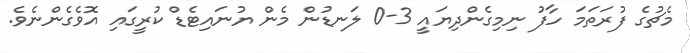
މެޗުގެ ފުރަތަމަ ހާފު ނިމިގެންދިޔައީ 3-0 ލަނޑުން މެން ޔުނައިޓެޑް ކުރީގައި އޮވެގެންނެވެ.